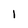
Character: l